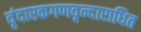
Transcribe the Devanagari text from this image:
वृंदारकगणवृन्दाराधित